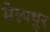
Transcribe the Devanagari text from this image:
मेल्पथुर